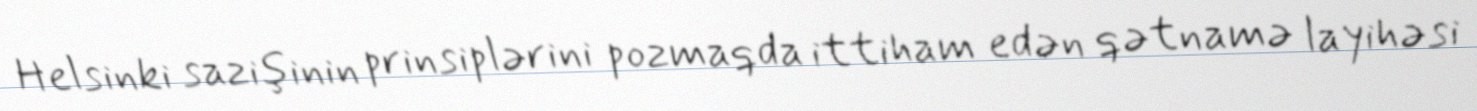
Helsinki sazişinin prinsiplərini pozmaqda ittiham edən qətnamə layihəsi